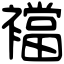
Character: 襠